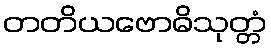
တတိယဗောဓိသုတ္တံ